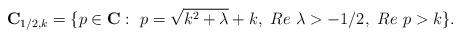
LaTeX: \begin{align*}{\bf C}_{1/2, k}=\{p \in {\bf C}: \ p=\sqrt{k^2 +\lambda}+k, \ Re \ \lambda > -1/2, \ Re \ p > k \}.\end{align*}